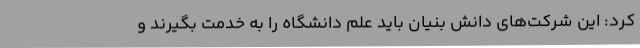
کرد: این شرکت‌های دانش بنیان باید علم دانشگاه را به خدمت بگیرند و